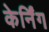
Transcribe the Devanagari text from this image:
केर्निंग